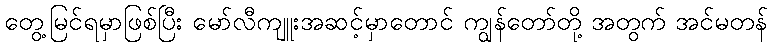
တွေ့မြင်ရမှာဖြစ်ပြီး မော်လီကျူးအဆင့်မှာတောင် ကျွန်တော်တို့ အတွက် အင်မတန်